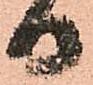
日